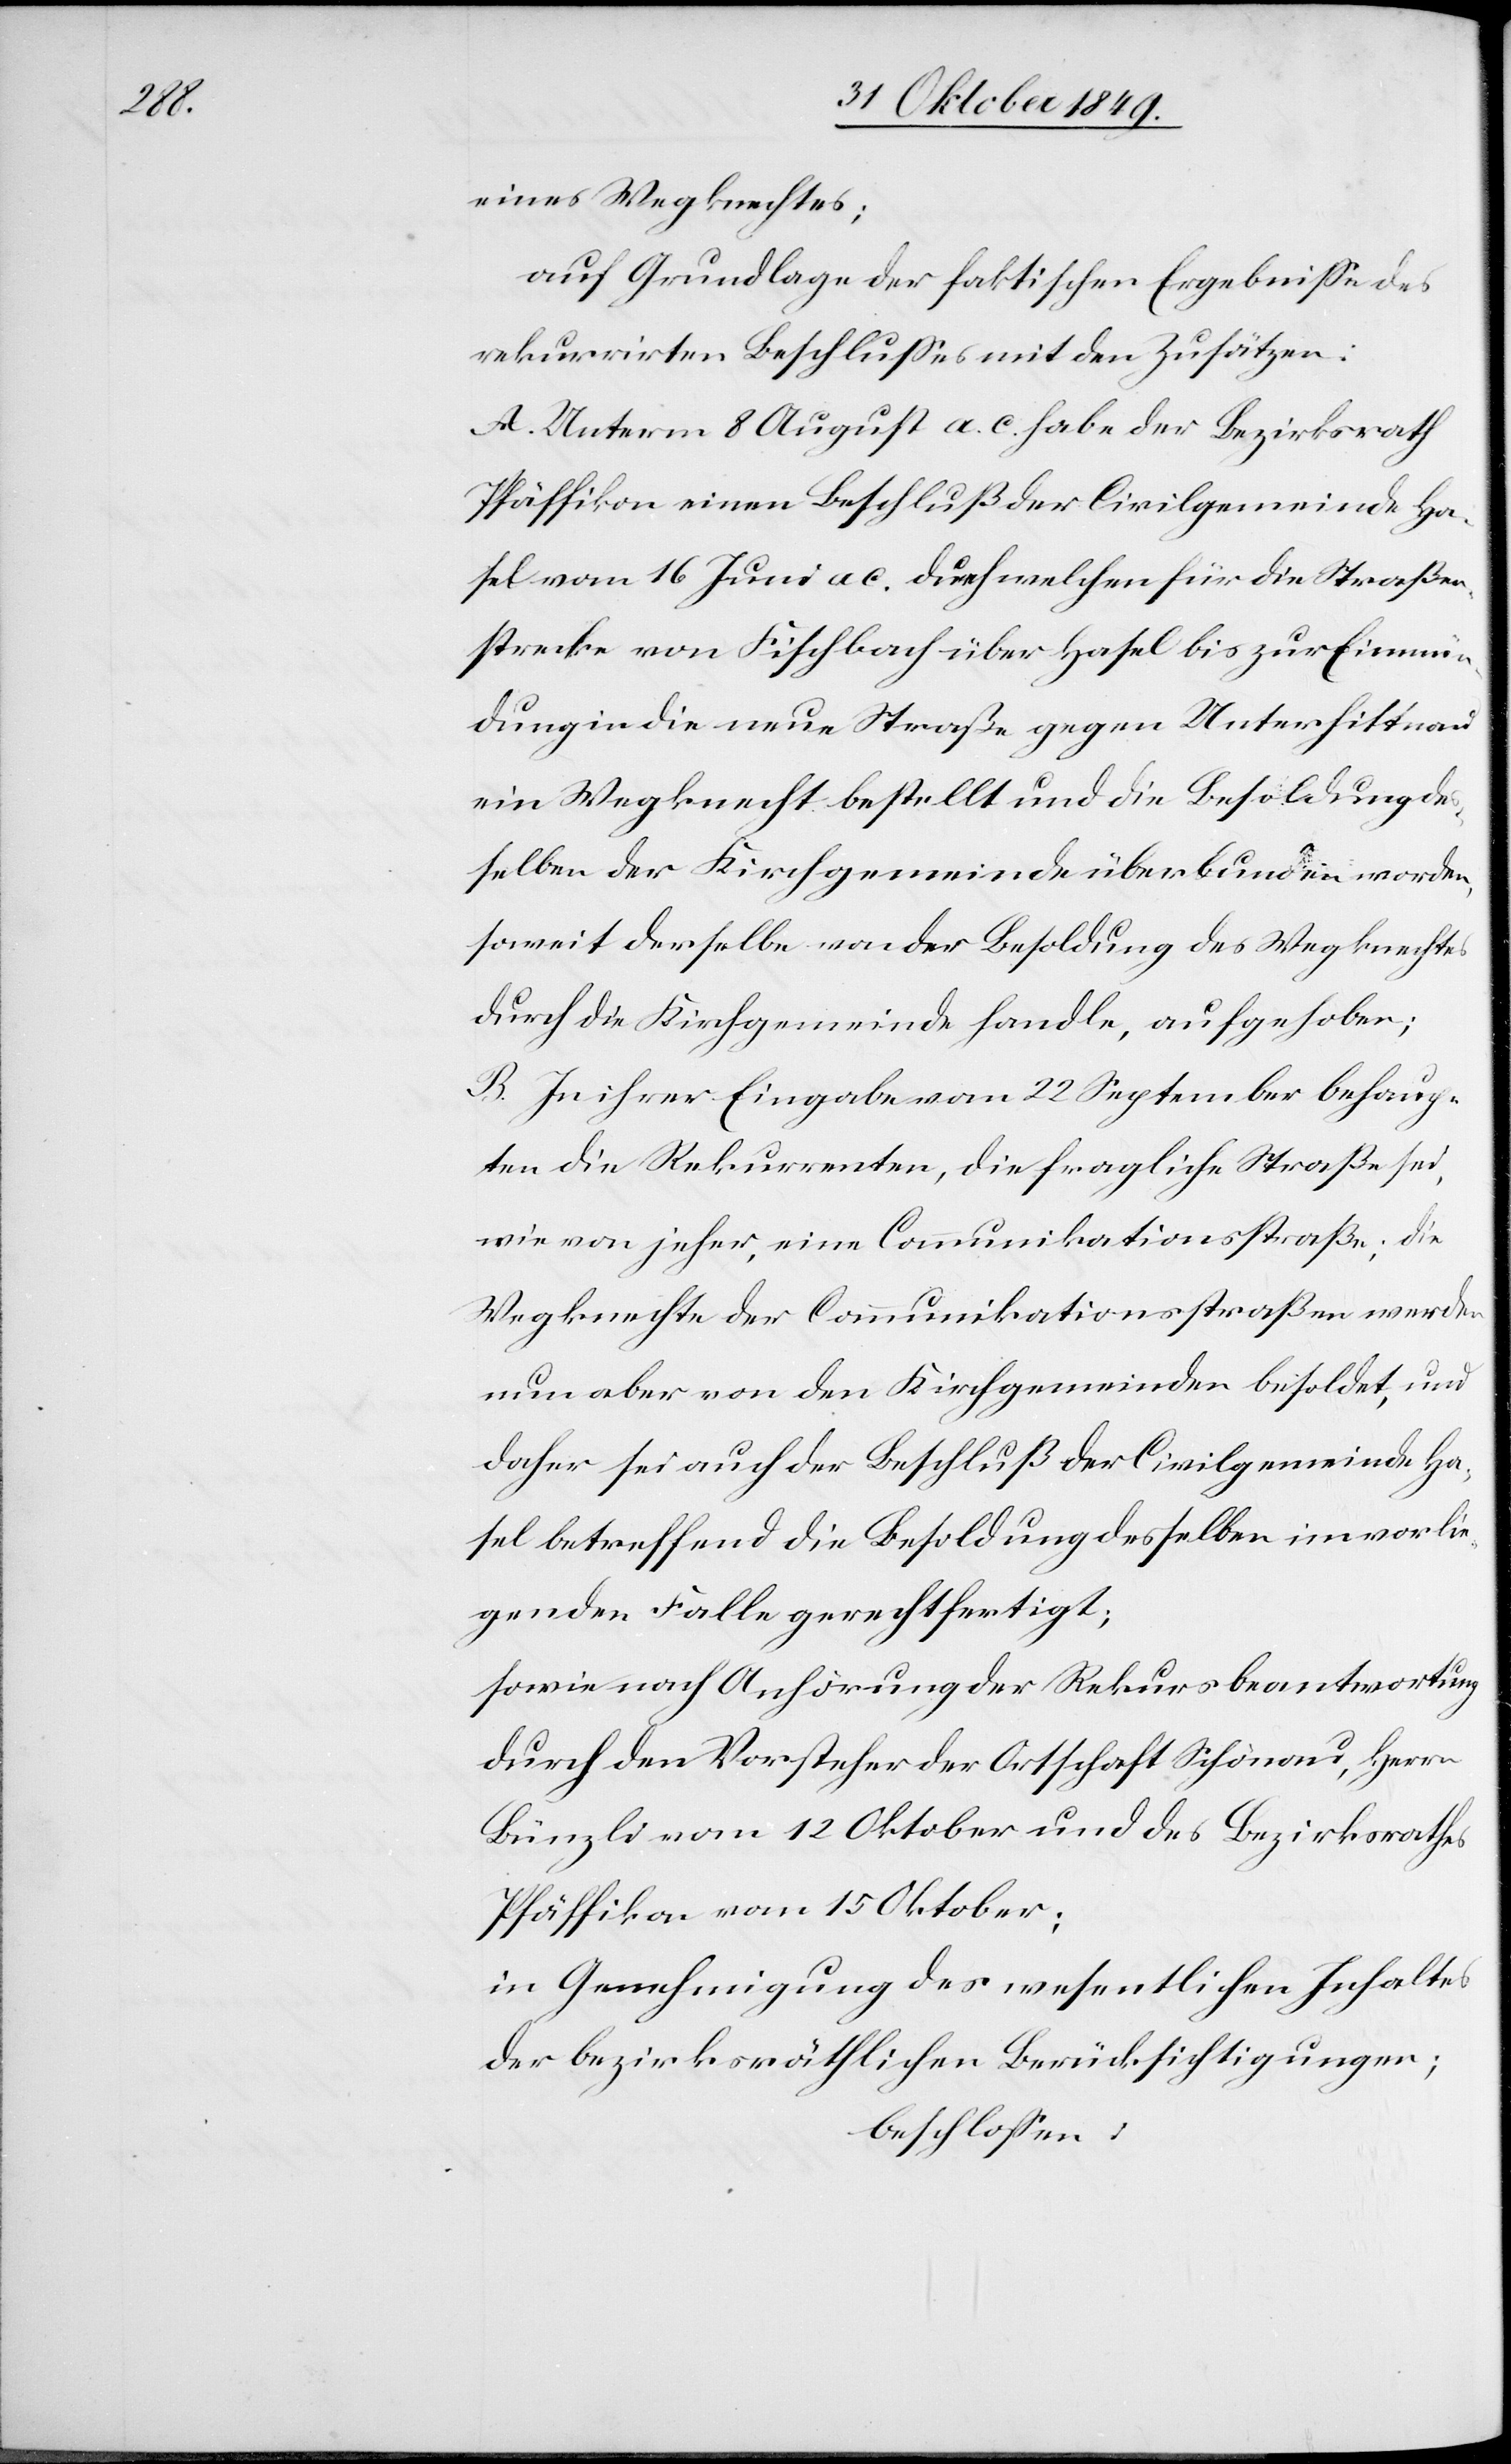
eines Wegknechtes;
auf Grundlage der faktischen Ergebniße des
rekurrirten Beschlußes mit den Zusätzen:
A. Unterm 8 August a. c. habe der Bezirksrath
Pfäffikon einen Beschluß der Civilgemeinde Ha¬
sel vom 16 Juni a. c. durch welchen für die Straßen¬
strecke von Fischbach über Hasel bis zur Einmün¬
dung in die neue Straße gegen Unterhittnau
ein Wegknecht bestellt und die Besoldung des¬
selben der Kirchgemeinde überbunden worden,
soweit derselbe von der Besoldung des Wegknechtes
durch die Kirchgemeinde handle, aufgehoben;
B. In ihrer Eingabe vom 22 September behaup¬
ten die Rekurrenten, die fragliche Straße sei,
wie von jeher, eine Communikationsstraße; die
Wegknechte der Communikationsstraßen werden
nun aber von den Kirchgemeinden besoldet, und
daher sei auch der Beschluß der Civilgemeinde Ha¬
sel betreffend die Besoldung desselben im vorlie¬
genden Falle gerechtfertigt;
Sowie nach Anhörung der Rekursbeantwortung
durch den Vorsteher der Ortschaft Schönau, Herrn
Bünzli vom 12 Oktober und des Bezirksrathes
Pfäffikon vom 15 Oktober;
in Genehmigung des wesentlichen Inhaltes
der bezirksräthlichen Berücksichtigungen;
beschloßen: